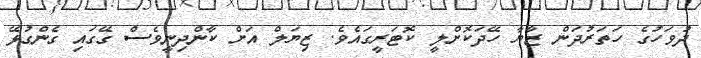
ދުވަހުގެ ހަތަރުދަން ޒާޔާ ހޭދަކޮށްލީ ކޮޓަރީގައެވެ. ޒިޔަލް އަށް ކާންދިނީވެސް ގޭގައި ގެންގުޅޭ